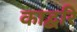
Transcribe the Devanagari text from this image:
काद्बरि